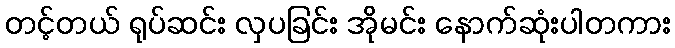
တင့်တယ် ရုပ်ဆင်း လှပခြင်း အိုမင်း နောက်ဆုံးပါတကား